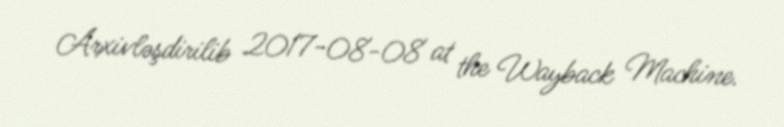
Arxivləşdirilib 2017-08-08 at the Wayback Machine.